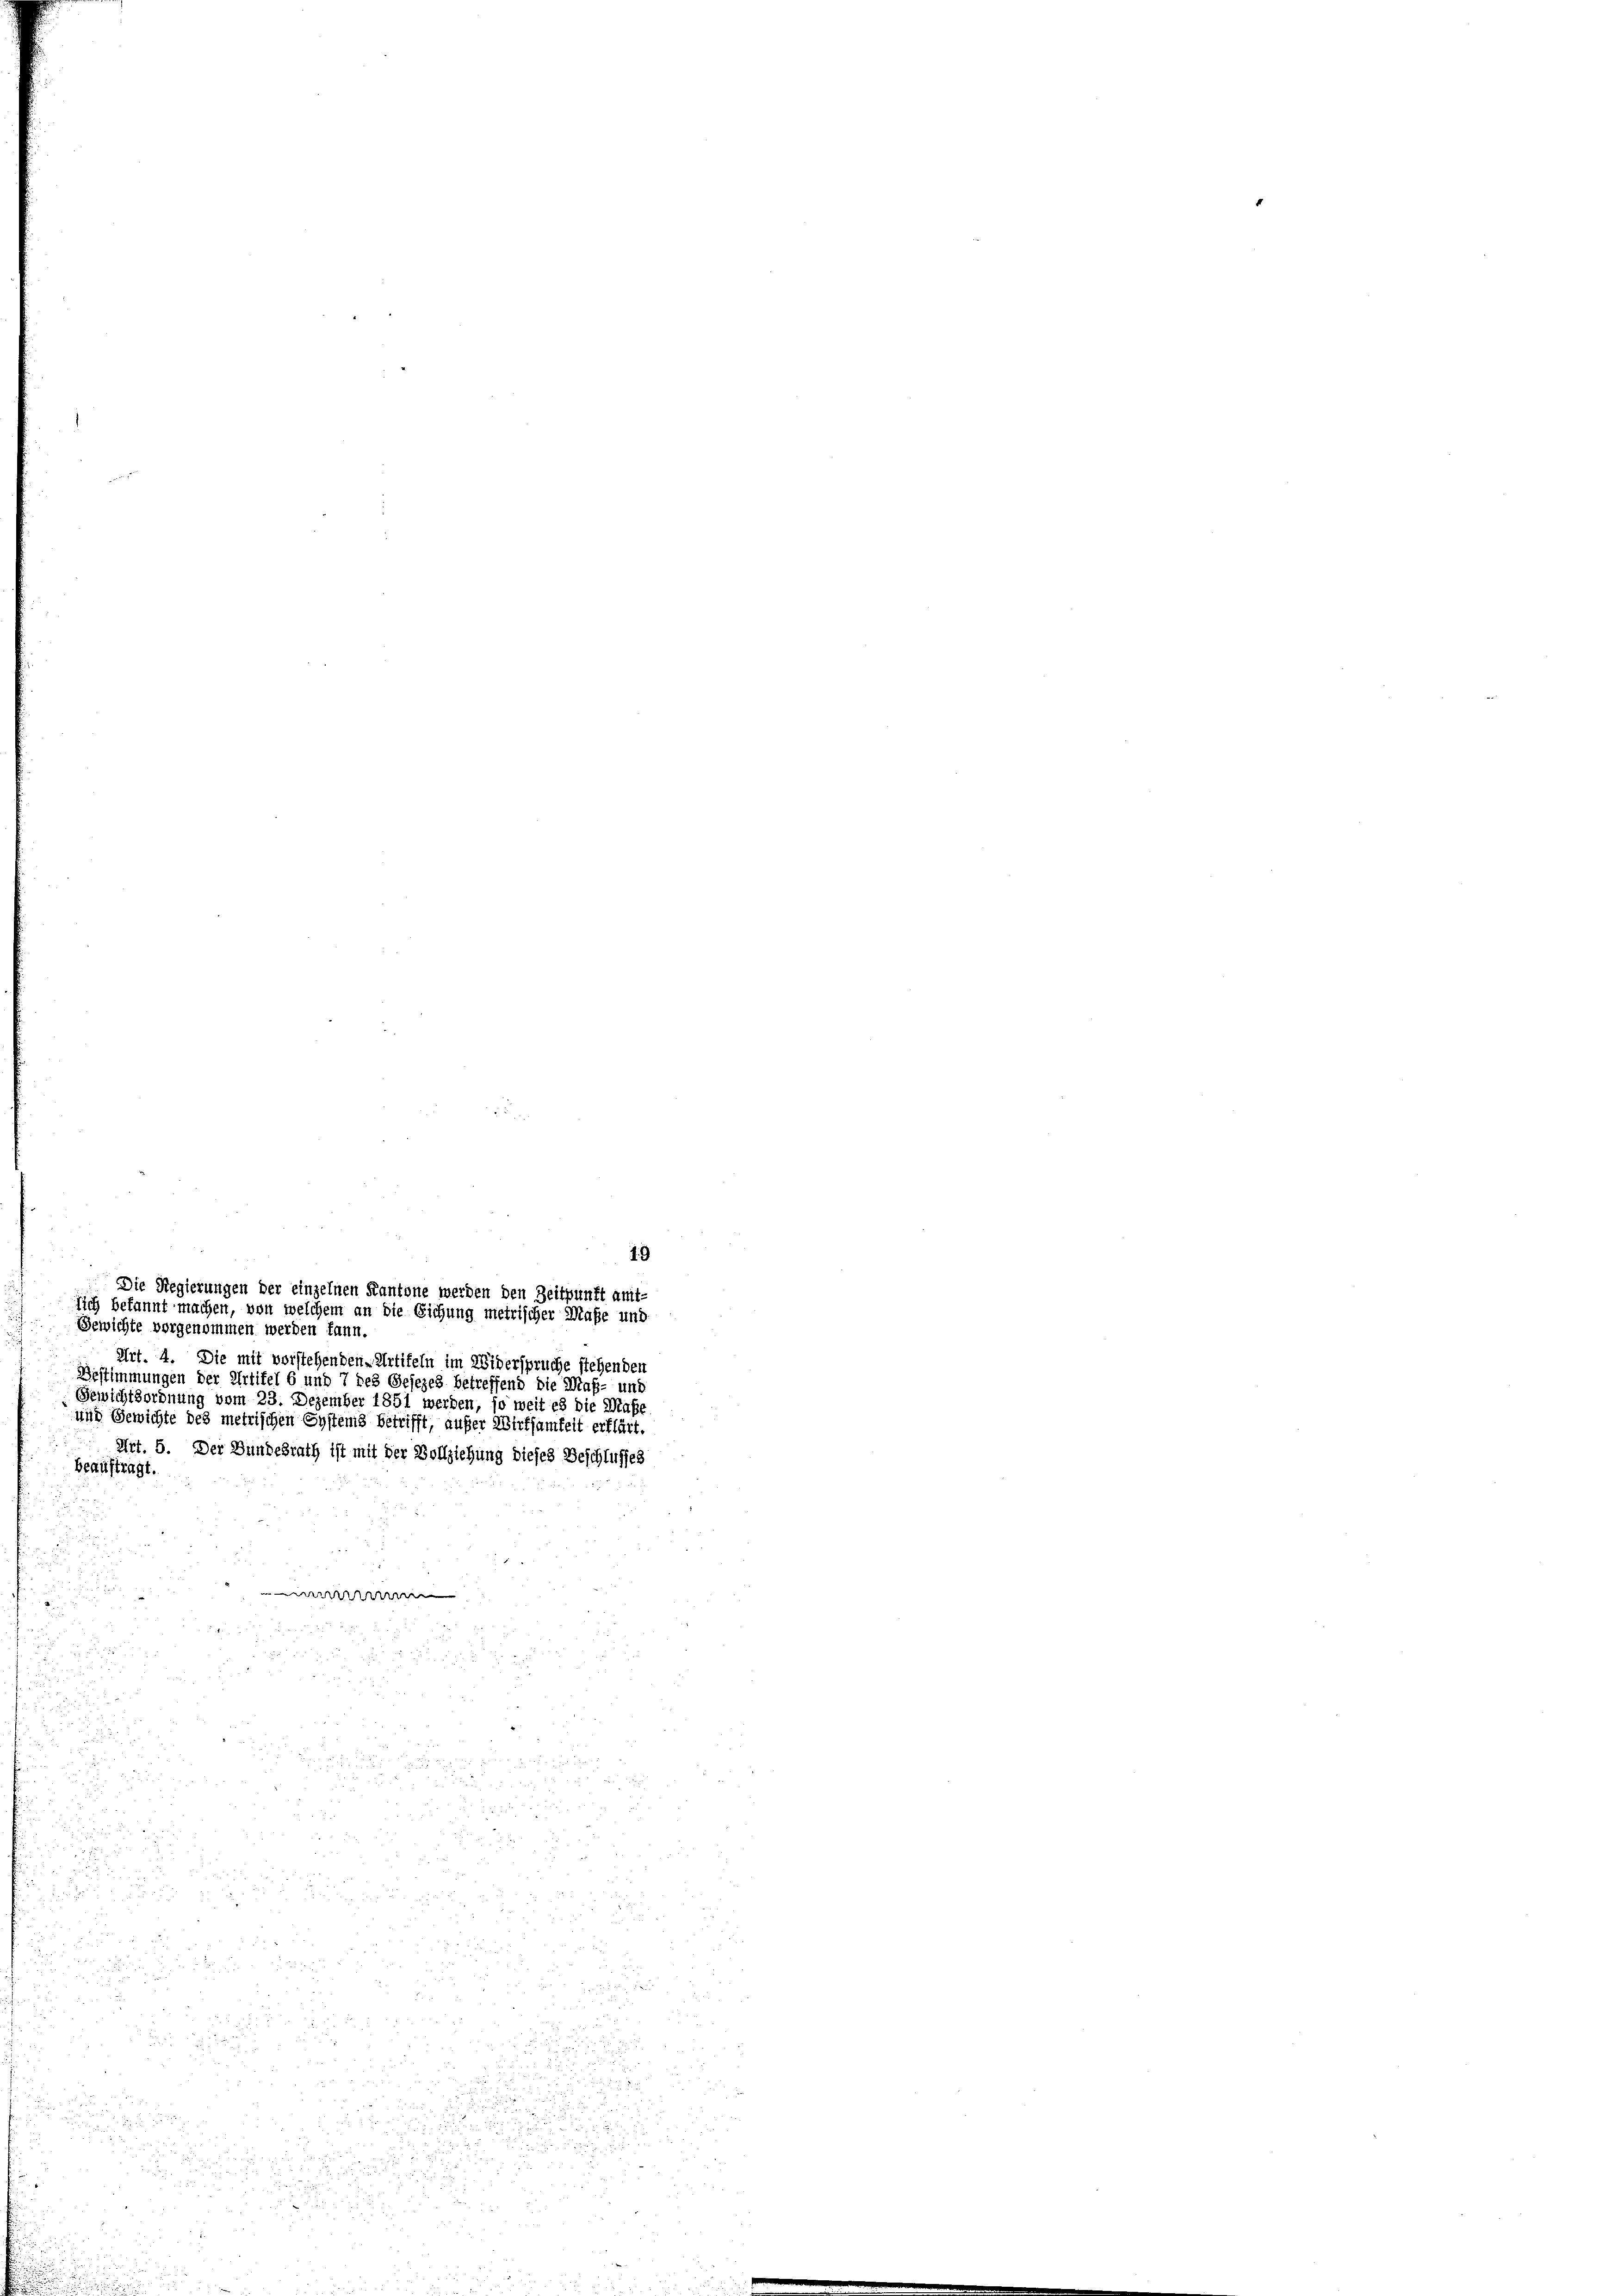
d
Gewichte vorgenommen werden kann.
Art. 4. Die mit vorstehenden Artifeln im Widerspruche stehenden

Bestimmungen der Artikel 6 und 7 des Gesezes betreffend die Maß- und
Gewichtsordnung vom 23. Dezember 1851 werden, so weit es die Maße
und Gewichte des metrischen Systems betrifft, außer Wirksamkeit erklärt.
Art. 5. Der Bundesrath ist mit der Vollziehung dieses Beschlusses
beauftragt.
r

Die Regierungen der einzelnen Kantone werden den Zeitpunkt amt-
lich bekannt machen, von welchem an die Sichung metrischer Maße und

u

n
22

19